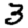
Digit: 3